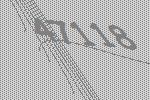
47118